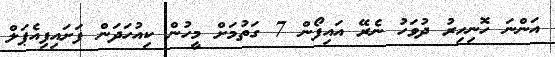
އަންނަ ހޮނިހިރު ދުވަހު ނެރޭ އައިފޯން 7 ގަތުމަށް މީހުން ކިއުހަދަން ފަށައިފިއެޕަލް